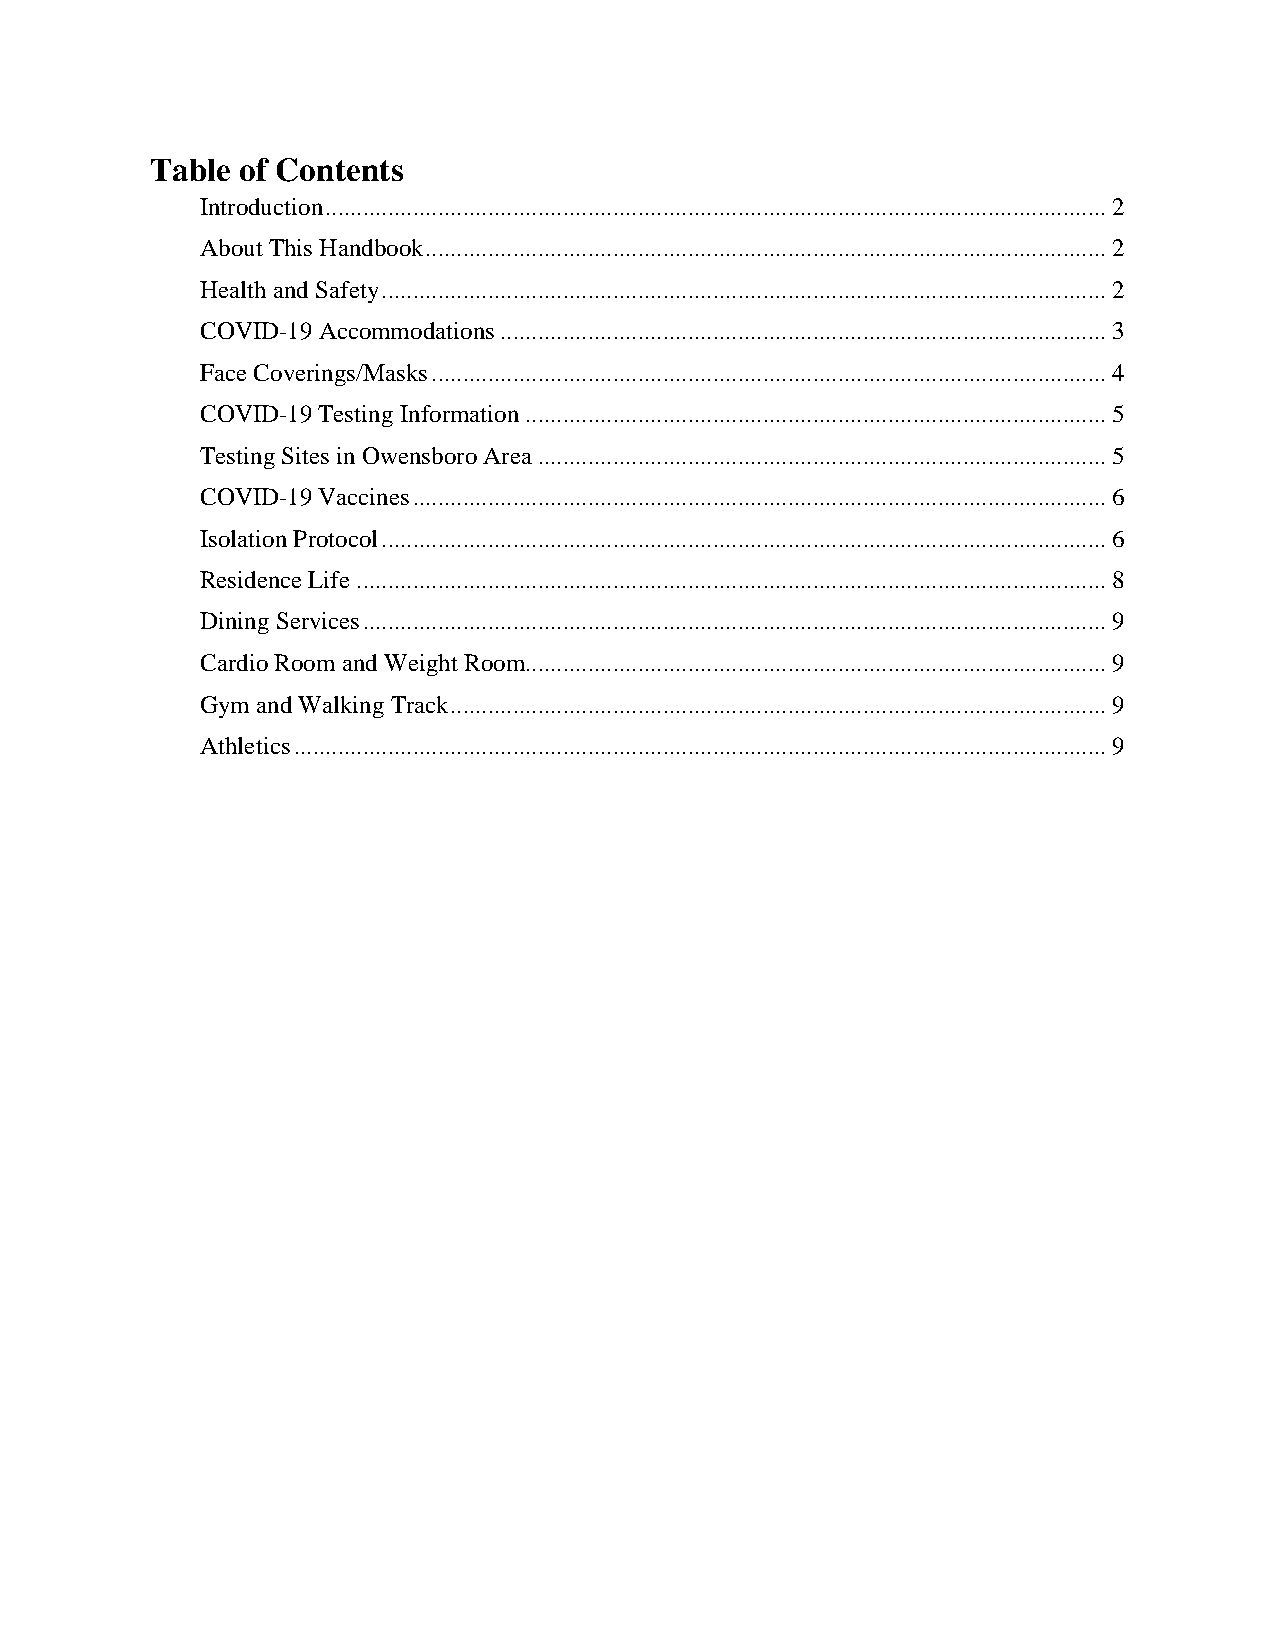
Table of Contents
 Introduction ............................................................................................................................. 2
 About This Handbook ............................................................................................................. 2
 Health and Safety .................................................................................................................... 2
 COVID-19 Accommodations ................................................................................................. 3
 Face Coverings/Masks ............................................................................................................ 4
 COVID-19 Testing Information ............................................................................................. 5
 Testing Sites in Owensboro Area ........................................................................................... 5
 COVID-19 Vaccines ............................................................................................................... 6
 Isolation Protocol .................................................................................................................... 6
 Residence Life ........................................................................................................................ 8
 Dining Services ....................................................................................................................... 9
 Cardio Room and Weight Room............................................................................................. 9
 Gym and Walking Track ......................................................................................................... 9
 Athletics .................................................................................................................................. 9